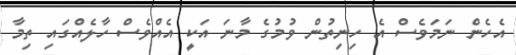
އެހެން ނަމަވެސް އެ ހިނިތުން ވުމުގެ މާނަ އަކީ އެއްވެސް ހާލެއްގައި ތިމާ